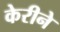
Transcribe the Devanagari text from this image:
केरीने